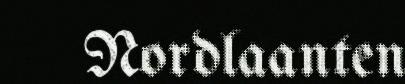
Nordlaanten